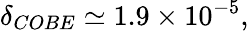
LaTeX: \delta_{COBE}\simeq 1.9\times 10^{-5},